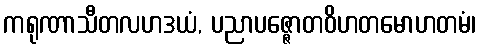
ကရုဏာသီတလဟဒယံ, ပညာပဇ္ဇောတဝိဟတမောဟတမံ၊